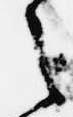
之